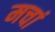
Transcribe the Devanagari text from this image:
मचां